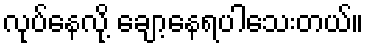
လုပ်နေလို့ ချော့နေရပါသေးတယ်။